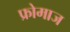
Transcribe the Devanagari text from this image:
फ्रोमाज